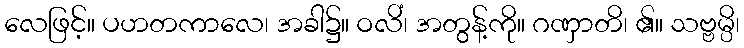
လေဖြင့်။ ပဟတကာလေ၊ အခါ၌။ ဝလိံ၊ အတွန့်ကို။ ဂဏှာတိ၊ ၏။ သဗ္ဗမ္ပိ၊